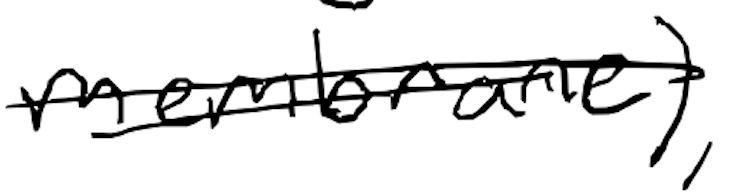
Text: membrane),
Cross-out: double-line
Writing tool: digital_black